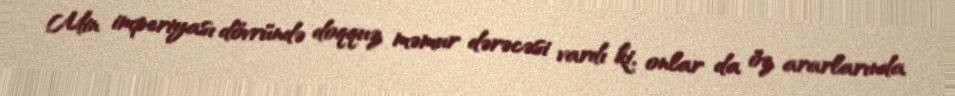
Min imperiyası dövründə doqquz məmur dərəcəsi vardı ki, onlar da öz ararlarında